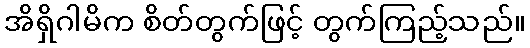
အိရှိဂါမိက စိတ်တွက်ဖြင့် တွက်ကြည့်သည်။